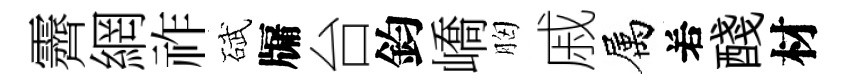
霽網祚碔牖台鈞嶠胸戚属𠰥醆材